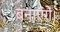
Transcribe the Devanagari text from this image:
बनाएंगें।